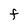
Character: f